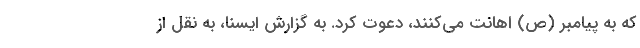
که به پیامبر (ص) اهانت می‌کنند، دعوت کرد. به گزارش ایسنا، به نقل از